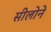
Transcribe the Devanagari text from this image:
सीलोने